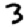
Digit: 3